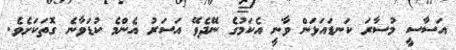
އަސާސީ މުސާރަ ކަނޑައަޅަން ވާނީ އެކަމުގެ ނޭދެވޭ އަސަރު އެންމެ ކުޑަވާނެ ގޮތަކަށެވެ.